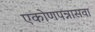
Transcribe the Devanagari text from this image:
एकोणपन्नासवा